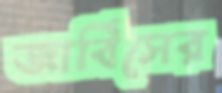
জার্বিসের